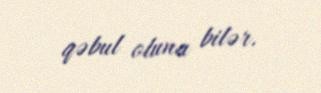
qəbul oluna bilər.